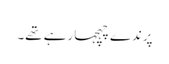
پرندے چہچہا رہے تھے۔